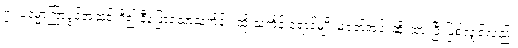
၇။ ပဒုမ္မာကြာပွင့်အဆင်းရှိ၍ နီဖြော့သောသင်္ကန်း၊ ထို သင်္ကန်းရောင်မျိုး မဝတ်အပ်၊ ဆိုးထားပြီးဖြစ်လျှင်လည်း